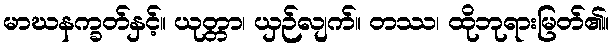
မာဃနက္ခတ်နှင့်။ ယုတ္တာ၊ ယှဉ်လျက်။ တဿ၊ ထိုဘုရားမြတ်၏။